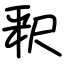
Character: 釈